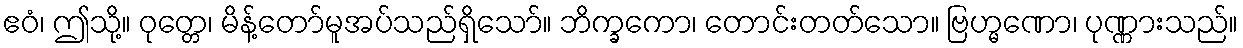
ဧဝံ၊ ဤသို့။ ဝုတ္တေ၊ မိန့်တော်မူအပ်သည်ရှိသော်။ ဘိက္ခကော၊ တောင်းတတ်သော။ ဗြဟ္မဏော၊ ပုဏ္ဏားသည်။